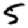
Digit: 5